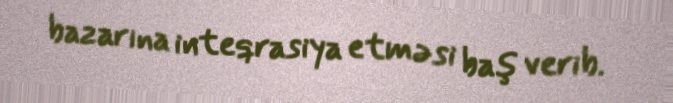
bazarına inteqrasiya etməsi baş verib.